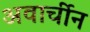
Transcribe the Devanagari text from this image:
अवार्चीन